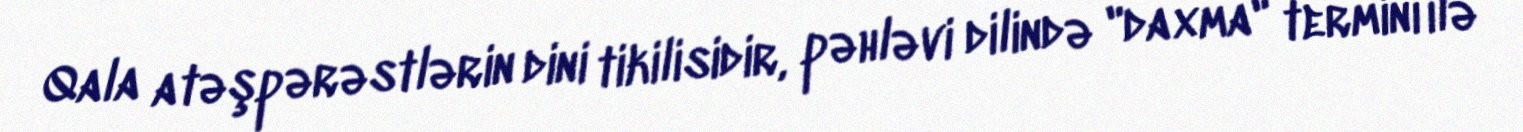
Qala atəşpərəstlərin dini tikilisidir, pəhləvi dilində "daxma" termini ilə